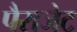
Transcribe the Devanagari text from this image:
पैराजेट